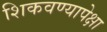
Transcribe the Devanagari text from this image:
शिकवण्यापेक्षा